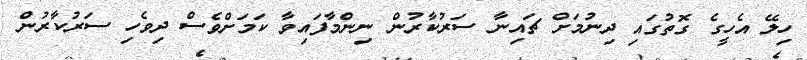
ހިލޭ އެހީގެ ގޮތުގައި ދިނުމަށް ޗައިނާ ސަރުކާރުން ނިންމާފައިވާ ކަމަށްވެސް ދިވެހި ސަރުކާރުން